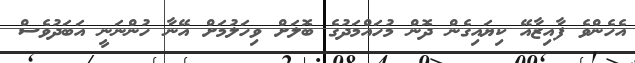
އެހެންވެ ފާއިޒާއޭ ކިޔައިގެން ދޮން މުހައްމަދުގެ ބޮލަށް ވިހަލުމަށް އޭނާ ހުންނަނީ އަބަދުވެސް